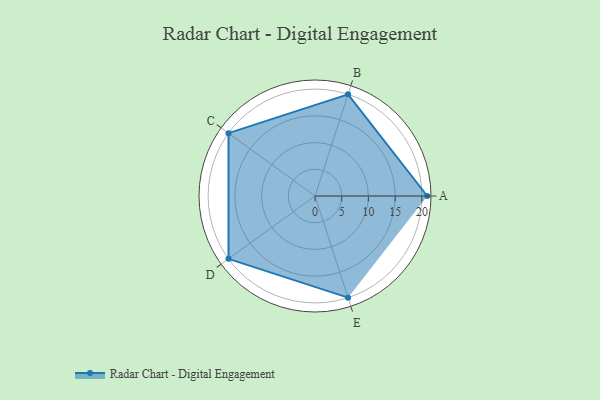
{"axis": {"x": "Skill", "y": "Score"}, "legend": ["Profile"], "data": [{"x": "A", "y": 21.0, "type": "Profile"}, {"x": "B", "y": 20, "type": "Profile"}, {"x": "C", "y": 20, "type": "Profile"}, {"x": "D", "y": 20, "type": "Profile"}, {"x": "E", "y": 20, "type": "Profile"}]}